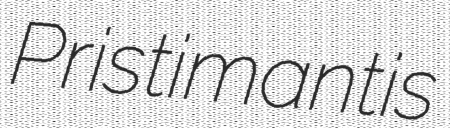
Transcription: Pristimantis